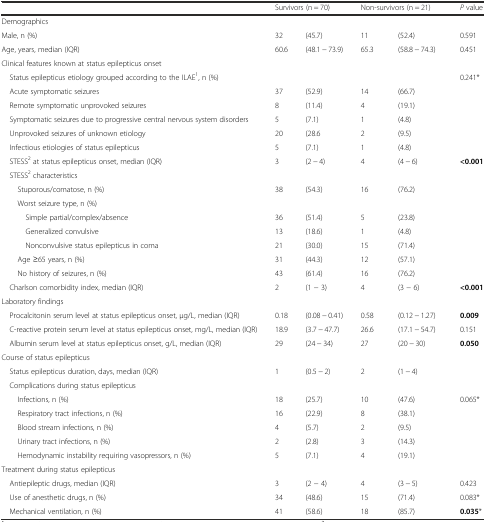
<table><thead><tr><td></td><td colspan="2"><b>Survivors (n = 70)</b></td><td colspan="2"><b>Non-survivors (n = 21)</b></td><td><b><i>P</i> value</b></td></tr></thead><tbody><tr><td>Demographics</td><td></td><td></td><td></td><td></td><td></td></tr><tr><td>Male, n (%)</td><td>32</td><td>(45.7)</td><td>11</td><td>(52.4)</td><td>0.591</td></tr><tr><td>Age, years, median (IQR)</td><td>60.6</td><td>(48.1 − 73.9)</td><td>65.3</td><td>(58.8 − 74.3)</td><td>0.451</td></tr><tr><td>Clinical features known at status epilepticus onset</td><td></td><td></td><td></td><td></td><td></td></tr><tr><td>ᅟStatus epilepticus etiology grouped according to the ILAE<sup>1</sup>, n (%)</td><td></td><td></td><td></td><td></td><td>0.241*</td></tr><tr><td>ᅟAcute symptomatic seizures</td><td>37</td><td>(52.9)</td><td>14</td><td>(66.7)</td><td></td></tr><tr><td>ᅟRemote symptomatic unprovoked seizures</td><td>8</td><td>(11.4)</td><td>4</td><td>(19.1)</td><td></td></tr><tr><td>ᅟSymptomatic seizures due to progressive central nervous system disorders</td><td>5</td><td>(7.1)</td><td>1</td><td>(4.8)</td><td></td></tr><tr><td>ᅟUnprovoked seizures of unknown etiology</td><td>20</td><td>(28.6</td><td>2</td><td>(9.5)</td><td></td></tr><tr><td>ᅟInfectious etiologies of status epilepticus</td><td>5</td><td>(7.1)</td><td>1</td><td>(4.8)</td><td></td></tr><tr><td>ᅟSTESS<sup>2</sup> at status epilepticus onset, median (IQR)</td><td>3</td><td>(2 − 4)</td><td>4</td><td>(4 − 6)</td><td><b>&lt;0.001</b></td></tr><tr><td>ᅟSTESS<sup>2</sup> characteristics</td><td></td><td></td><td></td><td></td><td></td></tr><tr><td>ᅟᅟStuporous/comatose, n (%) </td><td>38</td><td>(54.3)</td><td>16</td><td>(76.2)</td><td></td></tr><tr><td>ᅟᅟWorst seizure type, n (%)</td><td></td><td></td><td></td><td></td><td></td></tr><tr><td>ᅟᅟᅟSimple partial/complex/absence</td><td>36</td><td>(51.4)</td><td>5</td><td>(23.8)</td><td></td></tr><tr><td>ᅟᅟᅟGeneralized convulsive</td><td>13</td><td>(18.6)</td><td>1</td><td>(4.8)</td><td></td></tr><tr><td>ᅟᅟᅟNonconvulsive status epilepticus in coma</td><td>21</td><td>(30.0)</td><td>15</td><td>(71.4)</td><td></td></tr><tr><td>ᅟᅟAge ≥65 years, n (%)</td><td>31</td><td>(44.3)</td><td>12</td><td>(57.1)</td><td></td></tr><tr><td>ᅟᅟNo history of seizures, n (%)</td><td>43</td><td>(61.4)</td><td>16</td><td>(76.2)</td><td></td></tr><tr><td>ᅟCharlson comorbidity index, median (IQR)</td><td>2</td><td>(1 − 3)</td><td>4</td><td>(3 − 6)</td><td><b>&lt;0.001</b></td></tr><tr><td>Laboratory findings</td><td></td><td></td><td></td><td></td><td></td></tr><tr><td>ᅟProcalcitonin serum level at status epilepticus onset, μg/L, median (IQR)</td><td>0.18</td><td>(0.08 − 0.41)</td><td>0.58</td><td>(0.12 − 1.27)</td><td><b>0.009</b></td></tr><tr><td>ᅟC-reactive protein serum level at status epilepticus onset, mg/L, median (IQR)</td><td>18.9</td><td>(3.7 − 47.7)</td><td>26.6</td><td>(17.1 − 54.7)</td><td>0.151</td></tr><tr><td>ᅟAlbumin serum level at status epilepticus onset, g/L, median (IQR)</td><td>29</td><td>(24 − 34)</td><td>27</td><td>(20 − 30)</td><td><b>0.050</b></td></tr><tr><td>Course of status epilepticus</td><td></td><td></td><td></td><td></td><td></td></tr><tr><td>ᅟStatus epilepticus duration, days, median (IQR)</td><td>1</td><td>(0.5 − 2)</td><td>2</td><td>(1 − 4)</td><td></td></tr><tr><td>ᅟComplications during status epilepticus</td><td></td><td></td><td></td><td></td><td></td></tr><tr><td>ᅟᅟInfections, n (%)</td><td>18</td><td>(25.7)</td><td>10</td><td>(47.6)</td><td>0.065*</td></tr><tr><td>ᅟᅟRespiratory tract infections, n (%)</td><td>16</td><td>(22.9)</td><td>8</td><td>(38.1)</td><td></td></tr><tr><td>ᅟᅟBlood stream infections, n (%)</td><td>4</td><td>(5.7)</td><td>2</td><td>(9.5)</td><td></td></tr><tr><td>ᅟᅟUrinary tract infections, n (%)</td><td>2</td><td>(2.8)</td><td>3</td><td>(14.3)</td><td></td></tr><tr><td>ᅟᅟHemodynamic instability requiring vasopressors, n (%)</td><td>5</td><td>(7.1)</td><td>4</td><td>(19.1)</td><td></td></tr><tr><td>Treatment during status epilepticus</td><td></td><td></td><td></td><td></td><td></td></tr><tr><td>ᅟAntiepileptic drugs, median (IQR)</td><td>3</td><td>(2 − 4)</td><td>4</td><td>(3 − 5)</td><td>0.423</td></tr><tr><td>ᅟUse of anesthetic drugs, n (%)</td><td>34</td><td>(48.6)</td><td>15</td><td>(71.4)</td><td>0.083*</td></tr><tr><td>ᅟMechanical ventilation, n (%)</td><td>41</td><td>(58.6)</td><td>18</td><td>(85.7)</td><td><b>0.035</b>*</td></tr></tbody></table>